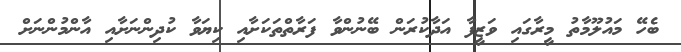
ބެހޭ މައުލޫމާތު މީރާގައި ވަޒީފާ އަދާކުރަން ބޭނުންވާ ފަރާތްތަކަށާއި ކިޔަވާ ކުދިންނަށާއި އާންމުންނަށް